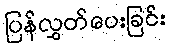
ပြန်လွှတ်ပေးခြင်း